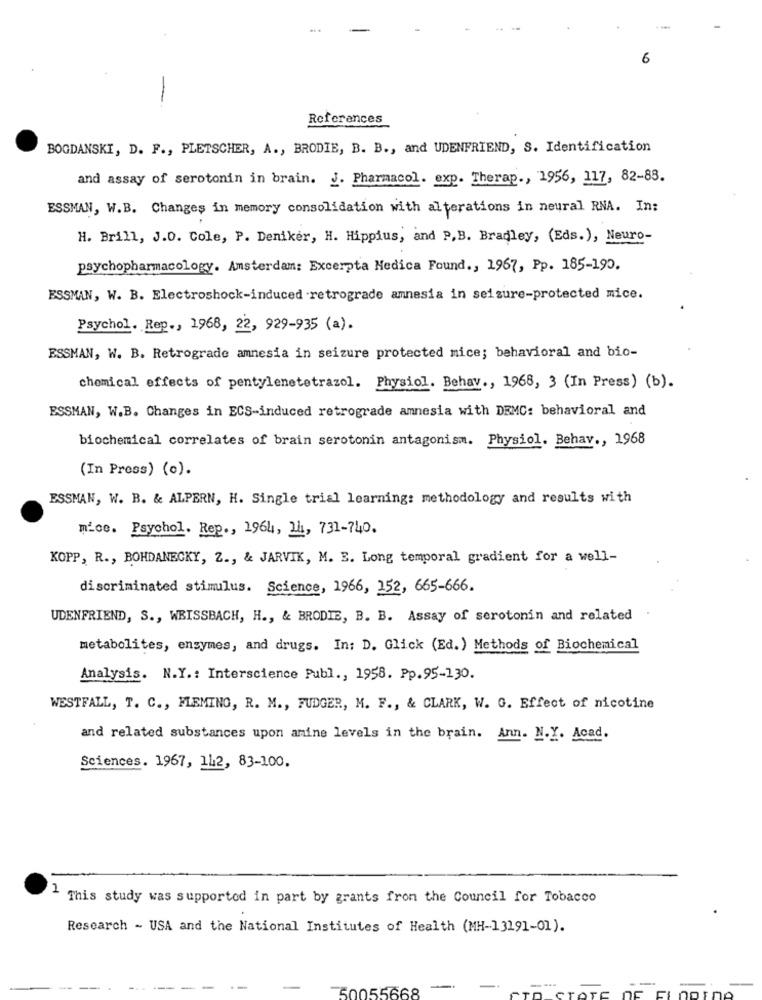
6
References
BOGDANSKI, D. F ., PLETSCHER, A ., BRODIE, B. B ., and UDENFRIEND, S. Identification
and assay of serotonin in brain. J. Pharmacol. exp. Therap ., 1956, 117, 82-83.
ESSMAN, W.B. Changes in memory consolidation with alterations in neural RNA. In:
H. Brill, J.O. Cole, P. Deniker, H. Hippius, and P,B. Bradley, (Eds.), Neuro-
psychopharmacology. Amsterdam: Excerpta Medica Found ., 1967, Pp. 185-190.
ESSMAN, W. B. Electroshock-induced retrograde amnesia in seizure-protected mice.
Psychol. Rep ., 1968, 22, 929-935 (a).
ESSMAN, W. B. Retrograde amnesia in seizure protected mice; behavioral and bio-
chemical effects of pentylenetetrazol. Physiol. Behav ., 1968, 3 (In Press) (b).
ESSMAN, W.B. Changes in ECS-induced retrograde amnesia with DEMC: behavioral and
biochemical correlates of brain serotonin antagonism. Physiol. Behav ., 1968
(In Press) (c).
ESSMAN, W. B. & ALPERN, H. Single trial learning: methodology and results with
mice. Psychol. Rep ., 1964, 21, 731-740.
KOPP, R ., BOHDANECKY, Z ., & JARVIK, M. E. Long temporal gradient for a well-
discriminated stimulus. Science, 1966, 252, 665-666.
UDENFRIEND, S ., WEISSBACH, H ., & BRODIE, B. B. Assay of serotonin and related
metabolites, enzymes, and drugs. In: D. Glick (Ed.) Methods of Biochemical
Analysis. N.Y .: Interscience Publ ., 1958. Pp.95-130.
WESTFALL, T. C ., FLEMING, R. M ., FUDGER, M. F ., & CLARK, W. G. Effect of nicotine
and related substances upon amine levels in the brain. Ann. N.Y. Acad.
Sciences. 1967, 112, 83-100.
This study was supported in part by grants from the Council for Tobacco
Research - USA and the National Institutes of Health (MH-13191-01).